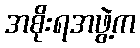
အစိုးရအဖွဲ့က